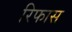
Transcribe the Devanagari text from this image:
रिफास